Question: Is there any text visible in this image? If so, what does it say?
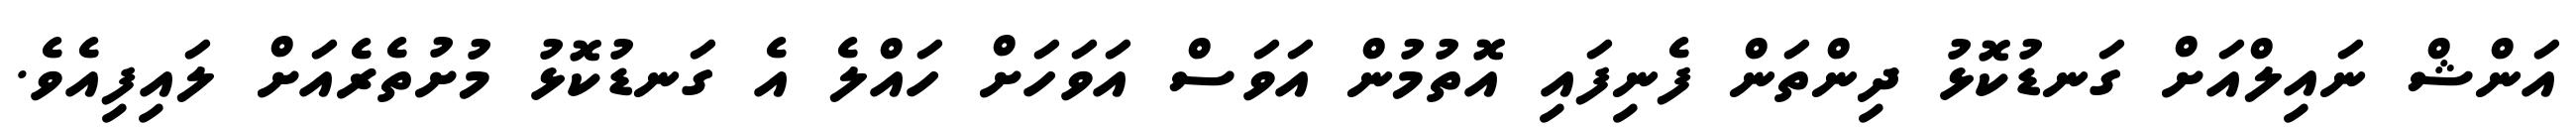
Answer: އަންޝް ނައިލްއަށް ގަނޑުކޮޅު ދިންތަން ފެނިފައި އޮތުމުން އަވަސް އަވަހަށް ހައްލެ އެ ގަނޑުކޮޅު މުށުތެރެއަށް ލައިފިއެވެ.